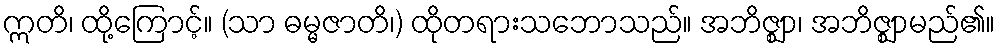
ဣတိ၊ ထို့ကြောင့်။ (သာ ဓမ္မဇာတိ၊) ထိုတရားသဘောသည်။ အဘိဇ္ဈာ၊ အဘိဇ္ဈာမည်၏။